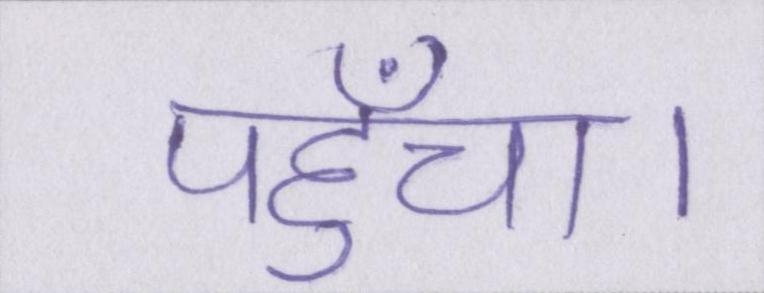
पहुँचा।